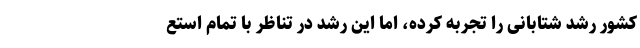
کشور رشد شتابانی را تجربه کرده، اما این رشد در تناظر با تمام استع